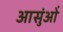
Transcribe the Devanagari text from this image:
आसुंओं